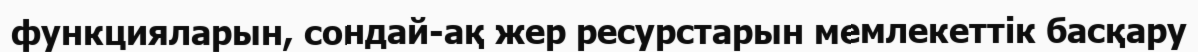
функцияларын, сондай-ақ жер ресурстарын мемлекеттік басқару